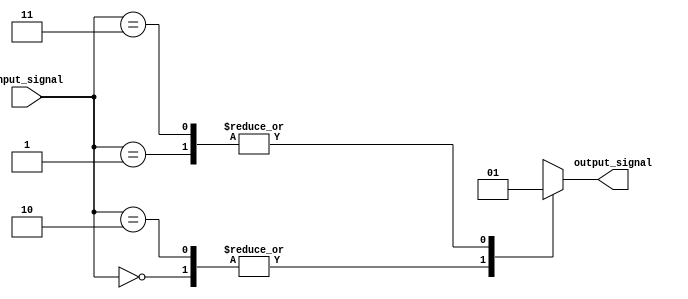
module case_statement(input [1:0] input_signal, output reg output_signal);

always @(*)
begin
    case(input_signal)
        2'b00: output_signal = 1'b0;
        2'b01: output_signal = 1'b1;
        2'b10: output_signal = 1'b0;
        2'b11: output_signal = 1'b1;
        default: output_signal = 1'bx;
    endcase
end

endmodule